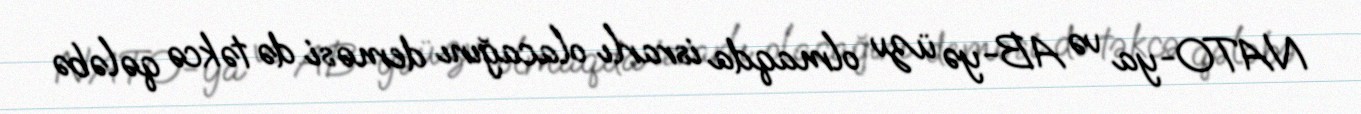
NATO-ya və AB-yə üzv olmaqda israrlı olacağını deməsi də təkcə qələbə